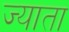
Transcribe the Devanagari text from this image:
ज्याता